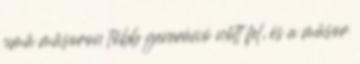
című műsoron több generáció nőtt fel, és a műsor